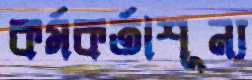
কর্মকর্তাশূন্য